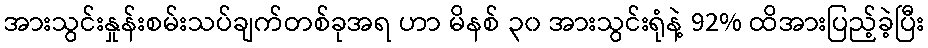
အားသွင်းနှုန်းစမ်းသပ်ချက်တစ်ခုအရ ဟာ မိနစ် ၃၀ အားသွင်းရုံနဲ့ 92% ထိအားပြည့်ခဲ့ပြီး